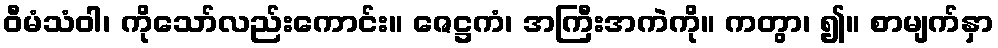
ဝီမံသံဝါ၊ ကိုသော်လည်းကောင်း။ ဇေဋ္ဌကံ၊ အကြီးအကဲကို။ ကတွာ၊ ၍။ စာမျက်နှာ